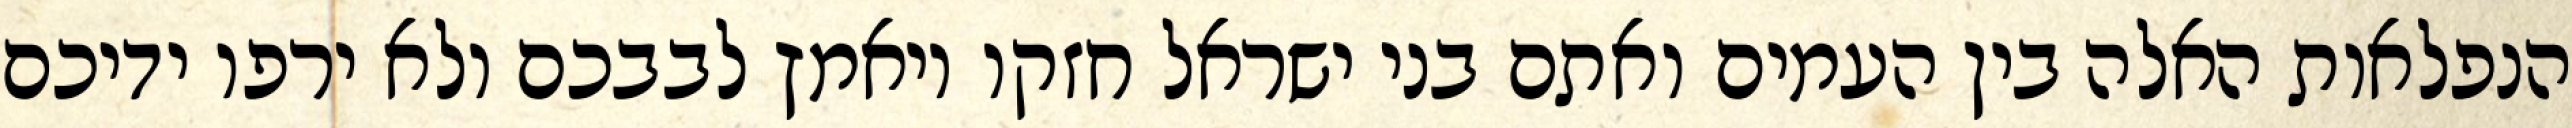
הנפלאות האלה בין העמים ואתם בני ישראל חזקו ויאמץ לבבכם ולא ירפו ידיכם